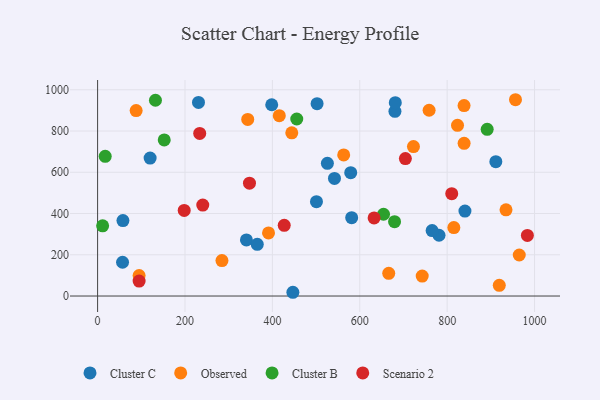
{"axis": {"x": "Engine Size", "y": "Salary"}, "legend": ["Cluster B", "Cluster C", "Observed", "Scenario 2"], "data": [{"x": "680.5", "y": 895.6, "type": "Cluster C"}, {"x": "398.5", "y": 927.4, "type": "Cluster C"}, {"x": "340.6", "y": 271.8, "type": "Cluster C"}, {"x": "230.9", "y": 938.7, "type": "Cluster C"}, {"x": "57.1", "y": 163.7, "type": "Cluster C"}, {"x": "911.4", "y": 651.2, "type": "Cluster C"}, {"x": "502.3", "y": 932.5, "type": "Cluster C"}, {"x": "840.7", "y": 412.0, "type": "Cluster C"}, {"x": "781.4", "y": 294.8, "type": "Cluster C"}, {"x": "525.9", "y": 643.2, "type": "Cluster C"}, {"x": "542.1", "y": 570.1, "type": "Cluster C"}, {"x": "765.6", "y": 317.2, "type": "Cluster C"}, {"x": "446.9", "y": 18.2, "type": "Cluster C"}, {"x": "58.0", "y": 365.7, "type": "Cluster C"}, {"x": "365.4", "y": 250.8, "type": "Cluster C"}, {"x": "500.9", "y": 457.4, "type": "Cluster C"}, {"x": "681.3", "y": 937.6, "type": "Cluster C"}, {"x": "581.5", "y": 379.8, "type": "Cluster C"}, {"x": "120.2", "y": 668.7, "type": "Cluster C"}, {"x": "579.3", "y": 598.0, "type": "Cluster C"}, {"x": "415.8", "y": 874.6, "type": "Observed"}, {"x": "444.4", "y": 791.3, "type": "Observed"}, {"x": "742.9", "y": 96.8, "type": "Observed"}, {"x": "343.6", "y": 856.4, "type": "Observed"}, {"x": "823.7", "y": 827.6, "type": "Observed"}, {"x": "965.0", "y": 198.9, "type": "Observed"}, {"x": "815.3", "y": 331.9, "type": "Observed"}, {"x": "838.8", "y": 740.5, "type": "Observed"}, {"x": "934.7", "y": 418.0, "type": "Observed"}, {"x": "919.3", "y": 51.8, "type": "Observed"}, {"x": "666.3", "y": 110.3, "type": "Observed"}, {"x": "391.2", "y": 306.0, "type": "Observed"}, {"x": "758.7", "y": 900.7, "type": "Observed"}, {"x": "563.2", "y": 684.1, "type": "Observed"}, {"x": "88.2", "y": 899.1, "type": "Observed"}, {"x": "956.4", "y": 951.8, "type": "Observed"}, {"x": "95.0", "y": 99.6, "type": "Observed"}, {"x": "838.7", "y": 923.6, "type": "Observed"}, {"x": "284.6", "y": 172.1, "type": "Observed"}, {"x": "722.9", "y": 724.7, "type": "Observed"}, {"x": "455.8", "y": 858.3, "type": "Cluster B"}, {"x": "679.6", "y": 360.3, "type": "Cluster B"}, {"x": "152.5", "y": 757.1, "type": "Cluster B"}, {"x": "11.5", "y": 340.5, "type": "Cluster B"}, {"x": "17.4", "y": 677.6, "type": "Cluster B"}, {"x": "654.4", "y": 396.4, "type": "Cluster B"}, {"x": "132.4", "y": 949.2, "type": "Cluster B"}, {"x": "891.6", "y": 808.5, "type": "Cluster B"}, {"x": "240.7", "y": 440.8, "type": "Scenario 2"}, {"x": "632.8", "y": 378.7, "type": "Scenario 2"}, {"x": "95.0", "y": 72.6, "type": "Scenario 2"}, {"x": "233.7", "y": 788.6, "type": "Scenario 2"}, {"x": "983.6", "y": 293.9, "type": "Scenario 2"}, {"x": "704.4", "y": 666.6, "type": "Scenario 2"}, {"x": "810.5", "y": 496.4, "type": "Scenario 2"}, {"x": "347.6", "y": 547.4, "type": "Scenario 2"}, {"x": "427.1", "y": 342.6, "type": "Scenario 2"}, {"x": "198.2", "y": 415.1, "type": "Scenario 2"}]}